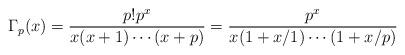
LaTeX: \begin{align*}\Gamma_p(x)=\frac{p!p^x}{x(x+1)\dotsm(x+p)}=\frac{p^x}{x(1+{x}/{1})\dotsm(1+{x}/{p})}\end{align*}